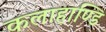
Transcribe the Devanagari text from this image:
कलाहाण्डि